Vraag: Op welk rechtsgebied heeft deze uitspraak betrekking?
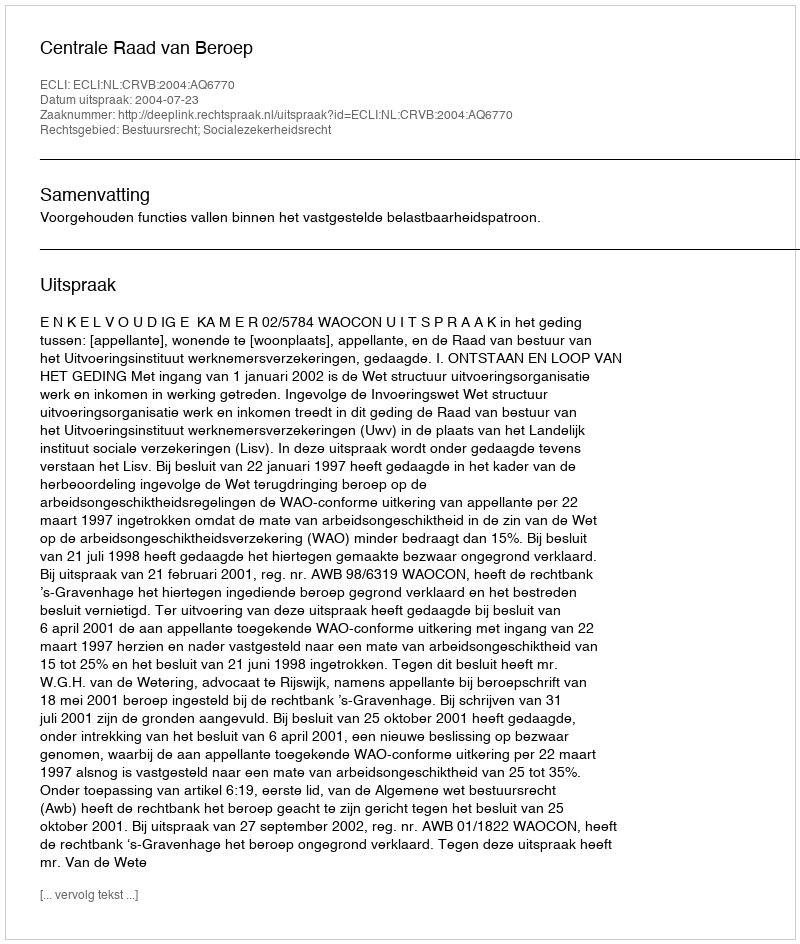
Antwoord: Bestuursrecht; Socialezekerheidsrecht